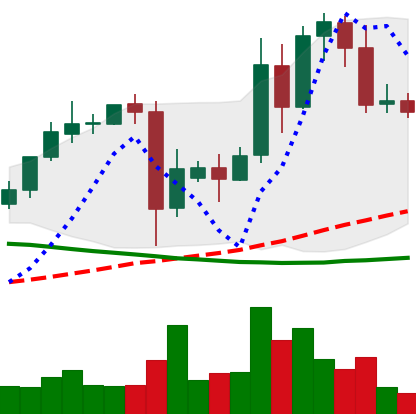
Ticker: TRX-USD
Chart end date: 2021-09-19
Forward return: -11.002%
Label: down_7plus